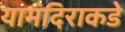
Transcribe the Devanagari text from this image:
यामंदिराकडे